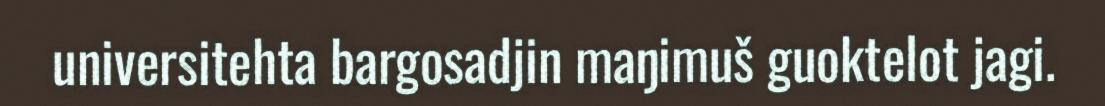
universitehta bargosadjin maŋimuš guoktelot jagi.